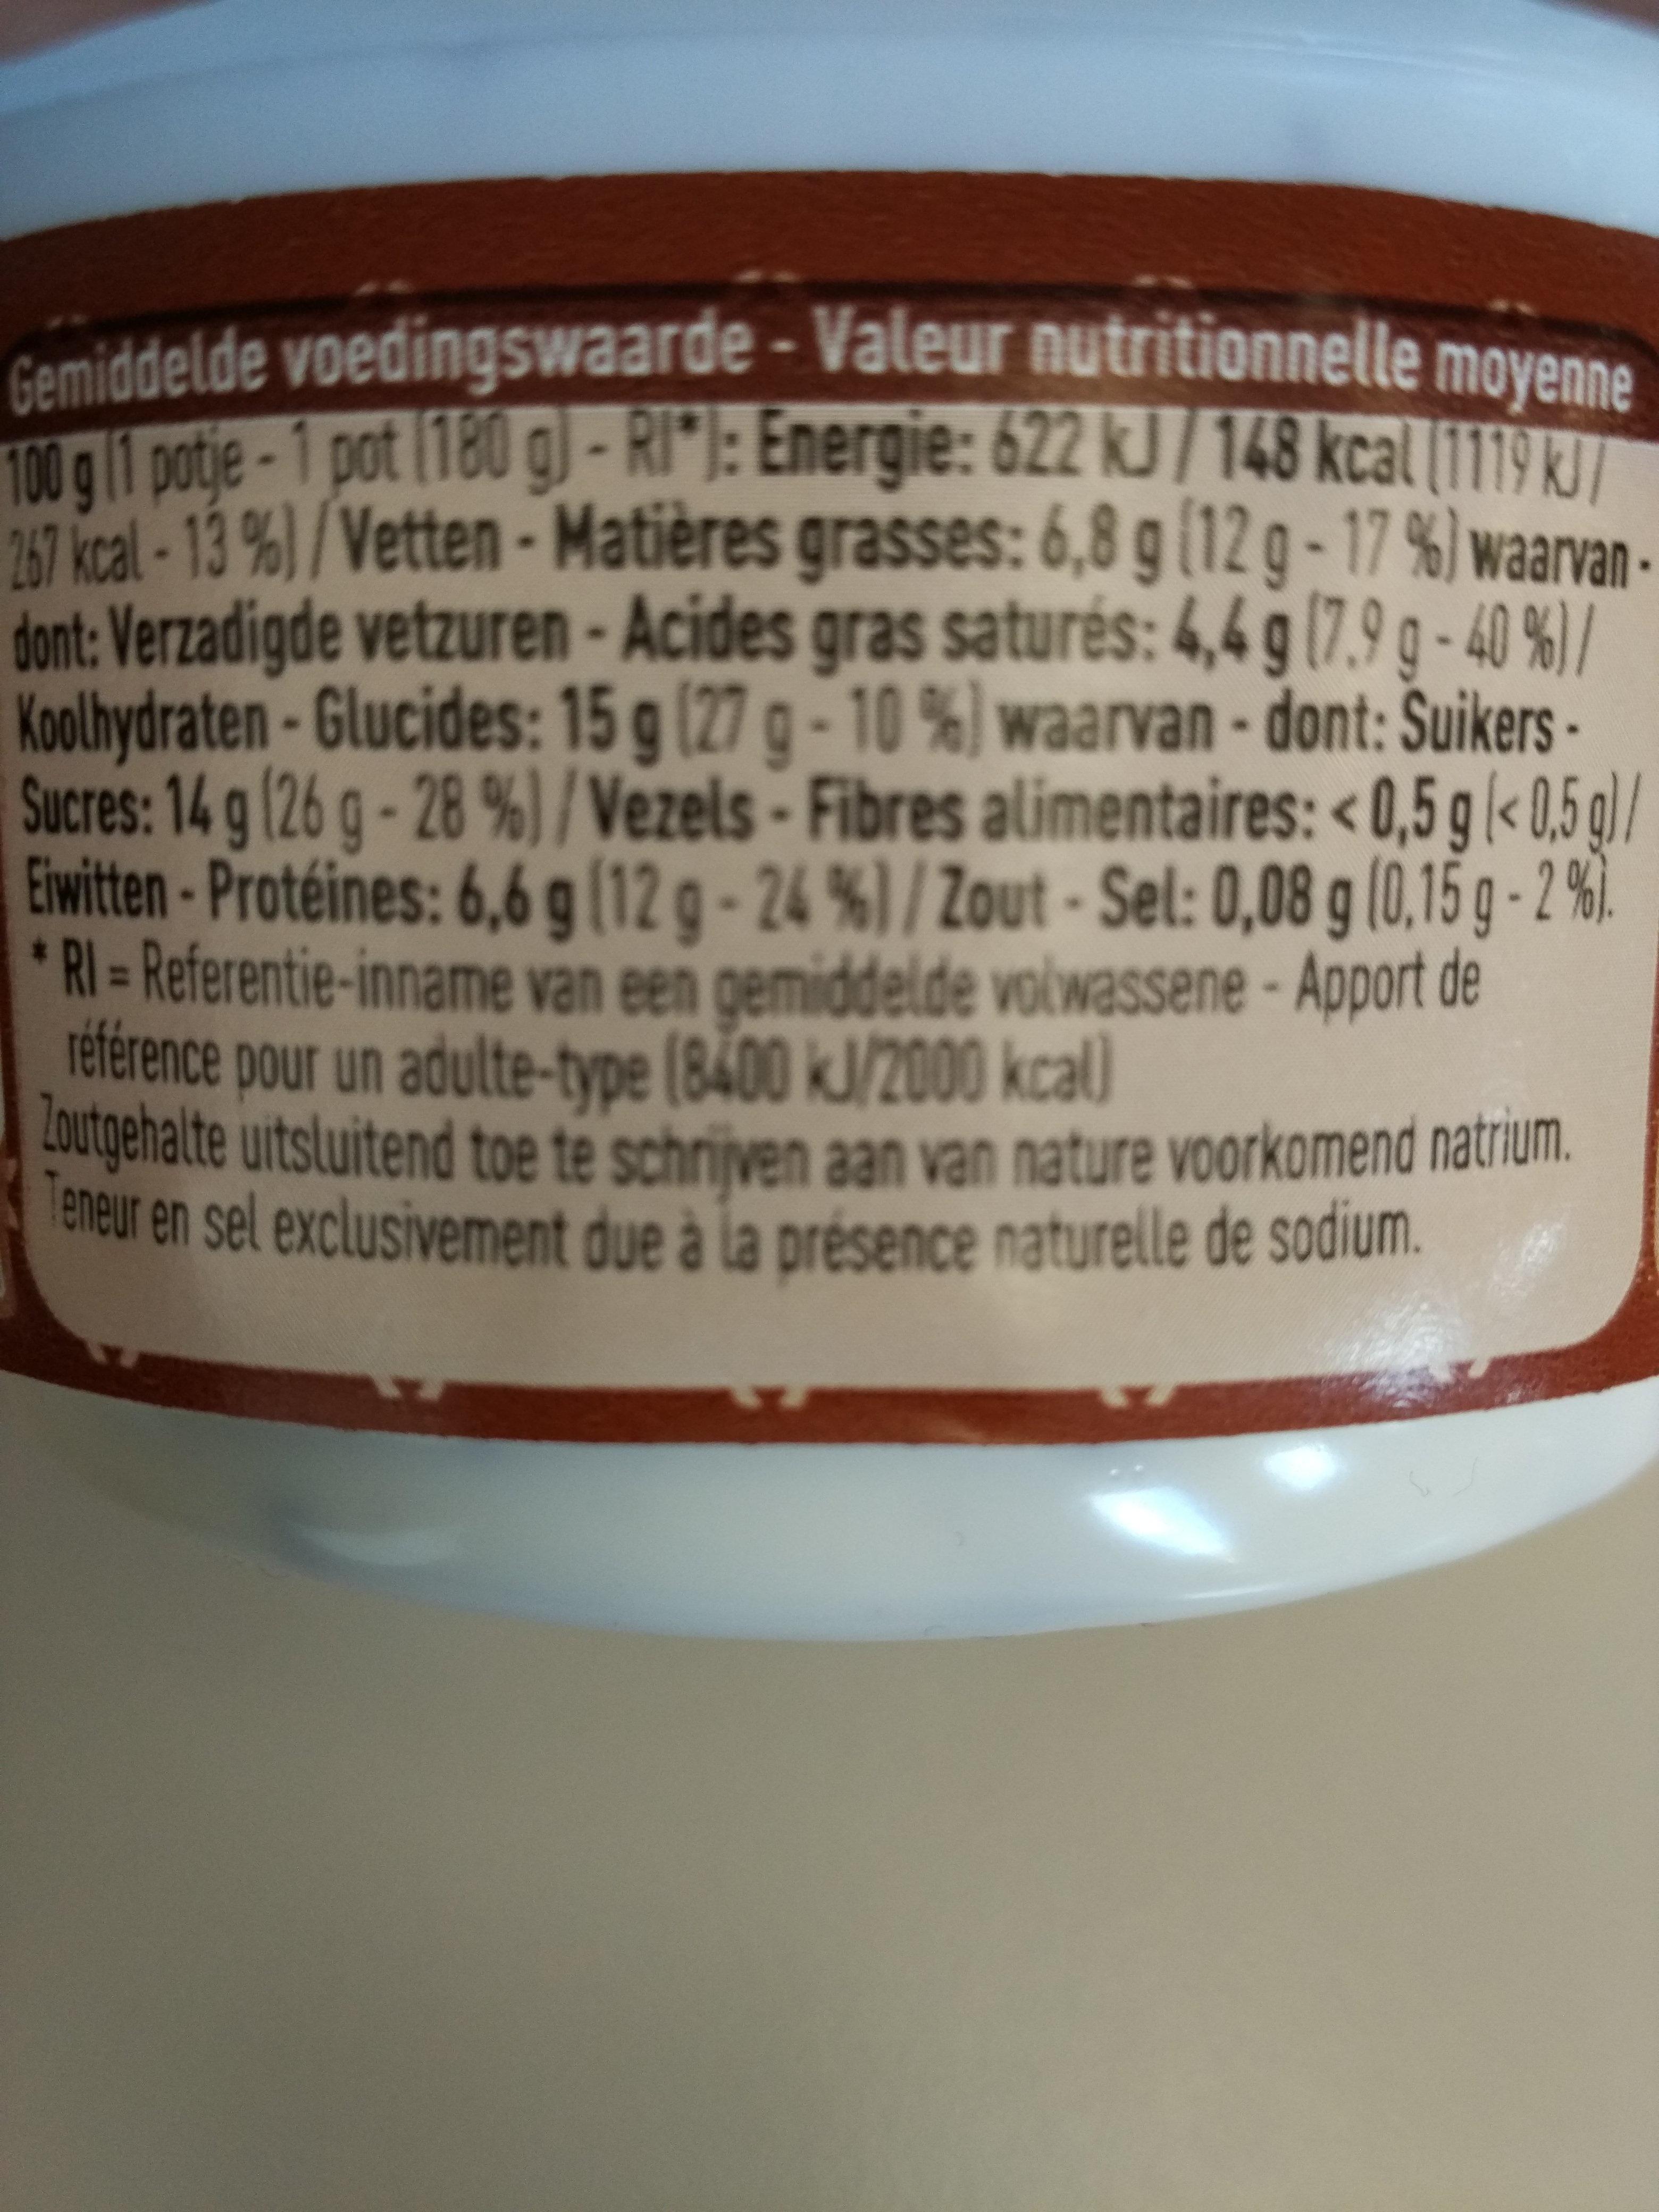
Gemiddelde voedingswaarde - Valeur nutritionnelle moyenne 100 g (1 potje - 1 pot (180 g) - RI*): Energie: 622 kJ / 148 kcal (1119 kJ/ 267 kcal-13 %)/Vetten-Matières grasses: 6,8 g (12 g-17 %) waarvan - dont: Verzadigde vetzuren-Acides gras saturés: 4,4 g (7.9 g -40%)/ Koolhydraten-Glucides: 15 g (27 g -10 %) waarvan - dont: SuikersSucres: 14 g (26 g - 28 %)/Vezels - Fibres alimentaires: <0,5 g < 0,5 g)/ Eiwitten - Protéines: 6,6 g (12 g - 24 %) / Zout - Sel: 0,08 g (0,15 g -2%). *RI = Referentie-inname van een gemiddelde volwassene - Apport de référence pour un adulte-type (8400 kJ/2000 kcal) Zoutgehalte uitsluitend toe te schrijven aan van nature voorkomend natrium. Teneur en sel exclusivement due à la présence naturelle de sodium.